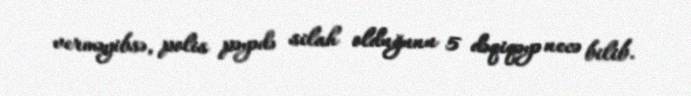
verməyibsə, polis pəyədə silah olduğunu 5 dəqiqəyə necə bilib.